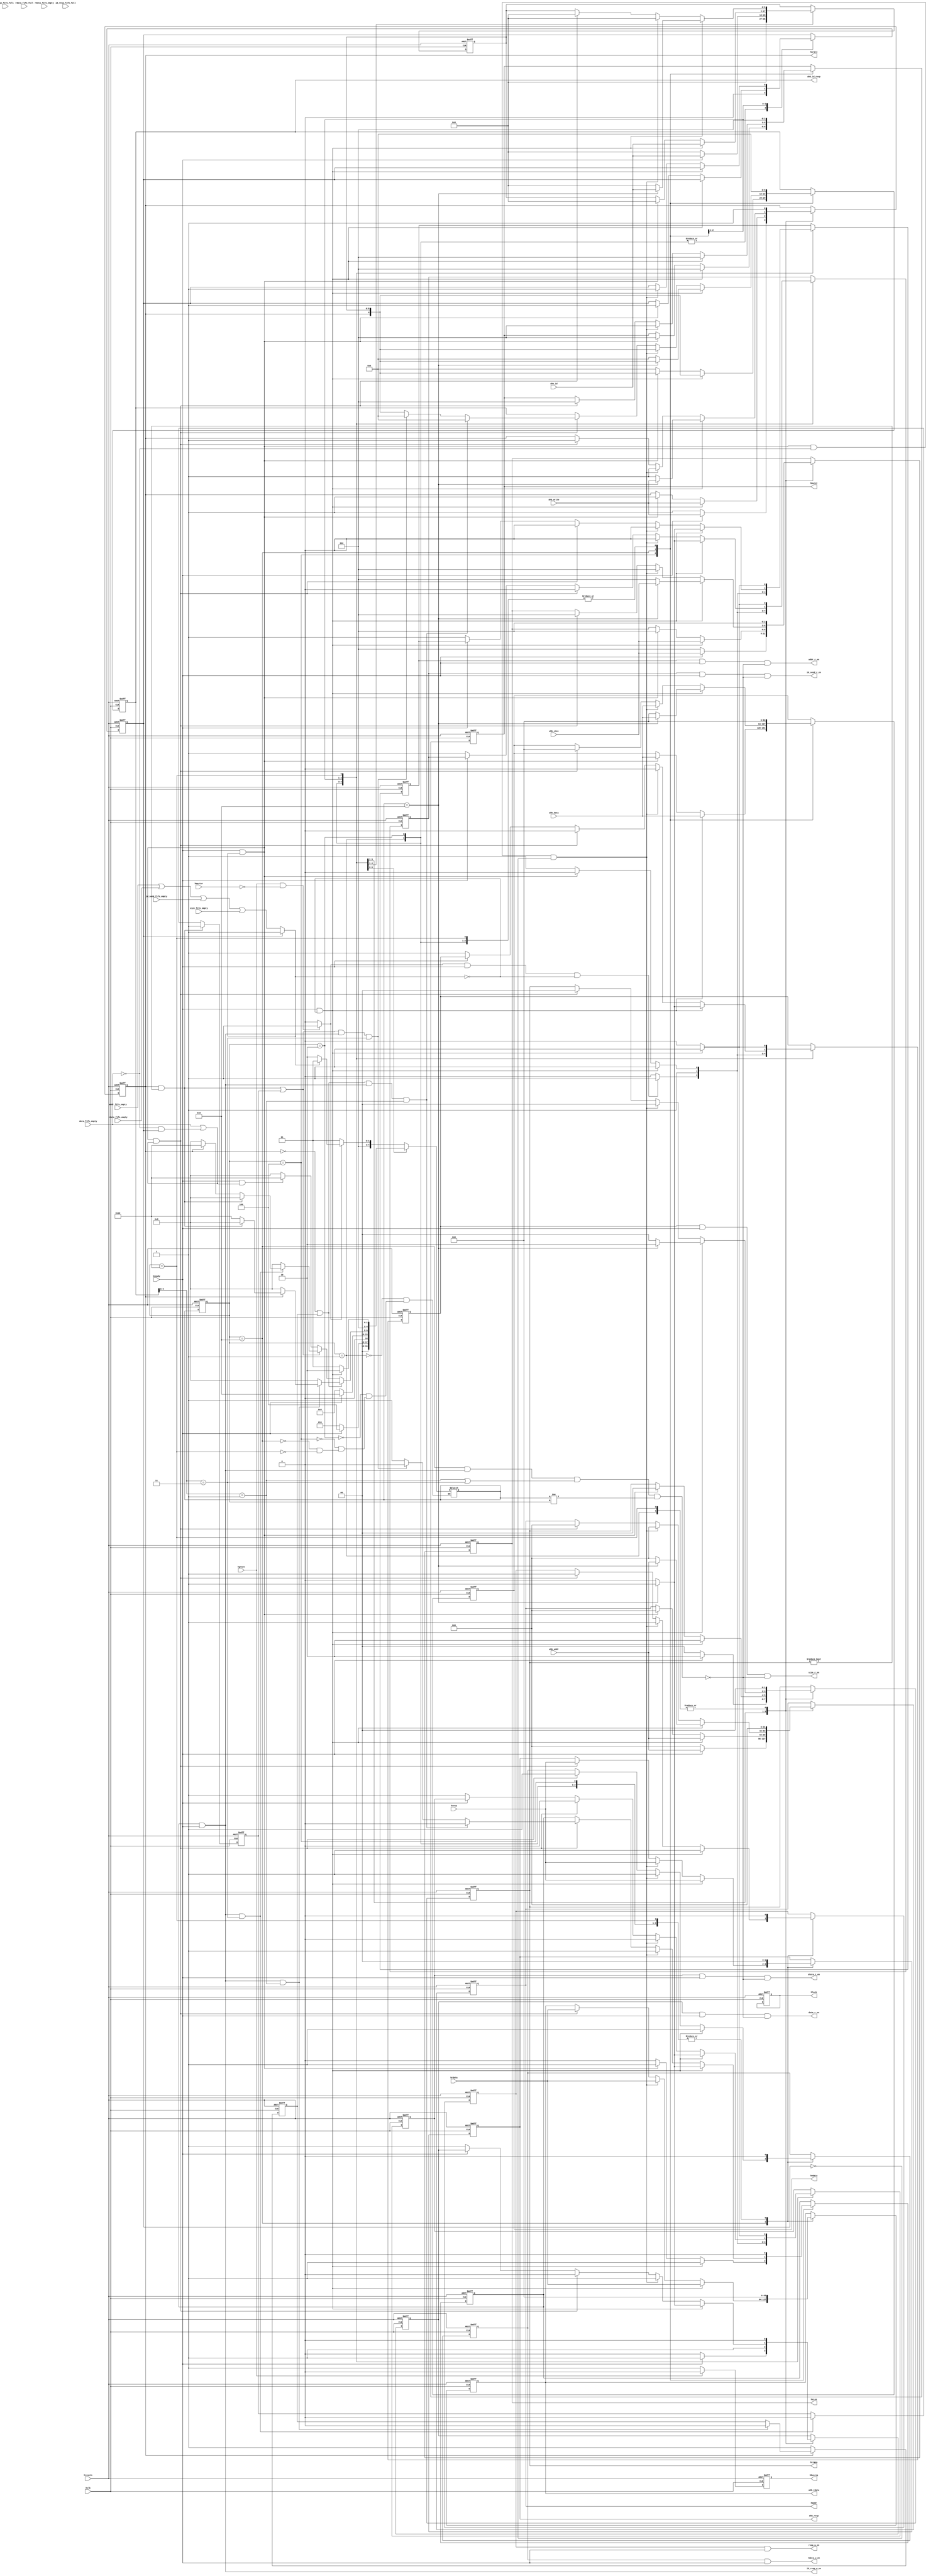
module ahb_controller #(
  parameter AXI_ID_WIDTH = 8   
)(
    input                                hclk,
    input                                hresetn,
    //ahb output
    output reg  [31:0]                   haddr,
    output reg  [1:0]                    htrans,
    output reg                           hwrite,
    output reg  [2:0]                    hsize,
    output reg  [2:0]                    hburst,
    output reg  [63:0]                   hwdata,
    output reg                           hbusreq,
    output reg                           hlock,
    //ahb input
    input       [63:0]                   hrdata,
    input                                hready,
    input       [1:0]                    hresp,
    input                                hgrant,
    input       [3:0]                    hmaster,
    //addr_fifo in
    output                               addr_r_en,
    input       [31:0]                   ahb_addr,
    input                                addr_fifo_empty,
    //data_fifo in
    output                               data_r_en,
    input       [63:0]                   ahb_data,
    input                                data_fifo_empty,
    // write or read state fifo (1 write   0 read) in
    output                               state_r_en,
    input                                ahb_write,
    input                                state_fifo_empty,
    //id_send_fifo in
    output                               id_send_r_en,
    input       [AXI_ID_WIDTH+1-1:0]     ahb_id,
    input                                id_send_fifo_empty,
    //size_fifo in
    output                               size_r_en,
    input       [2:0]                    ahb_size,
    input                                size_fifo_empty,
    //rdata_fifo out
    output                               rdata_w_en,
    output reg  [63:0]                   ahb_rdata,
    input                                rdata_fifo_full,
    input                                rdata_fifo_empty,
    //resp_fifo out
    output                               resp_w_en,
    output reg  [1:0]                    ahb_resp,
    input                                resp_fifo_full,
    //id_resp out
    output                               id_resp_w_en,
    output reg  [AXI_ID_WIDTH+2-1:0]     ahb_id_resp,
    input                                id_resp_fifo_full
);

    parameter  
                IDLE         = 5'b00001,
                START        = 5'b00010,
                ADDR_PHASE   = 5'b00100,    
                DATA_PHASE   = 5'b01000,    
                END_PHASE    = 5'b10000;

    reg                        read_lock;

    wire                       ahb_access;
    assign ahb_access = (hgrant == 1'b1 && hmaster == 4'b0)?1'b1:1'b0;

    wire                       fifo_r_control_access,fifo_r_data_access,fifo_w_access;
    assign fifo_r_control_access = (read_lock == 1'b1)?1'b1:(addr_fifo_empty|state_fifo_empty|id_send_fifo_empty|size_fifo_empty);
    assign fifo_r_data_access = data_fifo_empty;
    assign fifo_w_access = rdata_fifo_full|resp_fifo_full|id_resp_fifo_full;

    reg  [4:0]                 cstate,nstate;
    reg  [AXI_ID_WIDTH+1-1:0]  id_reg;

    wire ready_for_read;
	assign ready_for_read = ~((cstate == DATA_PHASE) & id_resp_w_en & ((ahb_id_resp[AXI_ID_WIDTH+1:AXI_ID_WIDTH]==2'b01) | (ahb_id_resp[AXI_ID_WIDTH+1:AXI_ID_WIDTH]==2'b11)) & (nstate!=cstate)); 

    //addr_fifo in
    reg                        addr_r_en_reg;
    assign addr_r_en = addr_r_en_reg&hready&ready_for_read/* & (~((nstate==END_PHASE)&(~addr_fifo_empty)))*/;
    //data_fifo in
    reg                        data_r_en_reg;
    assign data_r_en = data_r_en_reg&hready&ready_for_read/* & (~((nstate==END_PHASE)&(~data_fifo_empty)))*/;
    // write or read state fifo (1 write   0 read) in
    reg                        state_r_en_reg;
    assign state_r_en = state_r_en_reg&hready&ready_for_read/* & (~((nstate==END_PHASE)&(~state_fifo_empty)))*/;
    //id_send_fifo in
    reg                        id_send_r_en_reg;
    assign id_send_r_en = id_send_r_en_reg&hready&ready_for_read/* & (~((nstate==END_PHASE)&(~id_send_fifo_empty)))*/;
    //size_fifo in
    reg                        size_r_en_reg;
    assign size_r_en = size_r_en_reg&hready&ready_for_read/* & (~((nstate==END_PHASE)&(~size_fifo_empty)))*/;
    //rdata_fifo out
    reg                        rdata_w_en_reg;
    assign rdata_w_en = rdata_w_en_reg&hready;
    //resp_fifo out
    reg                        resp_w_en_reg;
    assign resp_w_en = resp_w_en_reg&hready;
    //id_resp out
    reg                        id_resp_w_en_reg;
    assign id_resp_w_en = id_resp_w_en_reg&hready;


    //added by yjl
    ///////////////////////////////////////////////////////////////////////////
    wire                    reading;
    wire                    writing;

    reg                     ahb_reading;
    reg                     read_done;
    reg                     ahb_writing;
    reg                     write_done;

    always@(posedge hclk or negedge hresetn) begin
        if(!hresetn)begin
            ahb_reading <= 1'b0;
        end
        else if(hwrite == 1'b0) begin
            ahb_reading <= 1'b1;
        end
        else if(id_resp_w_en & (ahb_id_resp[AXI_ID_WIDTH+1:AXI_ID_WIDTH]==2'b01)) begin
            ahb_reading <= 1'b0;
        end
    end
    assign reading = (hwrite==1'b0) | ahb_reading;

    always@(posedge hclk or negedge hresetn) begin
        if(!hresetn)begin
            read_done <= 1'b0;
        end
        else begin 
            read_done <= id_resp_w_en & (ahb_id_resp[AXI_ID_WIDTH+1:AXI_ID_WIDTH]==2'b01);
        end
    end


    always@(posedge hclk or negedge hresetn) begin
        if(!hresetn)begin
            ahb_writing <= 1'b0;
        end
        else if(hwrite == 1'b1 && htrans!=2'd0) begin
            ahb_writing <= 1'b1;
        end
        else if(id_resp_w_en & (ahb_id_resp[AXI_ID_WIDTH+1:AXI_ID_WIDTH]==2'b11)) begin
            ahb_writing <= 1'b0;
        end
    end
    assign writing = ((hwrite==1'b1) && (htrans!=2'd0)) | ahb_writing;

    always@(posedge hclk or negedge hresetn) begin
        if(!hresetn)begin
            write_done <= 1'b0;
        end
        else begin 
            write_done <= id_resp_w_en & (ahb_id_resp[AXI_ID_WIDTH+1:AXI_ID_WIDTH]==2'b11);
        end
    end

    //wire read_done;
    //reg  rdata_fifo_empty_reg;
    //always@(posedge hclk or negedge hresetn) begin
    //    if(!hresetn)begin
    //        rdata_fifo_empty_reg <= 1'b0;
    //    end
    //    else begin 
    //        rdata_fifo_empty_reg <= rdata_fifo_empty;
    //    end
    //end
    //assign read_done = ~rdata_fifo_empty_reg & rdata_fifo_empty;
    ///////////////////////////////////////////////////////////////////////////


    always@(posedge hclk or negedge hresetn)
        if(!hresetn)begin
            hbusreq <= 1'b0;
            hlock <= 1'b0;
        end
        else if(hgrant == 1'b0)
            hbusreq <= 1'b1;
        else
            hbusreq <= 1'b0;

    always@(posedge hclk or negedge hresetn)
        if(!hresetn)
            cstate <= IDLE;
        else
            cstate <= nstate;

    always@(*)
        case(cstate)
            IDLE:begin
                if(ahb_access == 1'b0)
                    nstate = IDLE;
                else if(fifo_r_control_access == 1'b0)
                    nstate = START;
                else
                    nstate = IDLE;
            end
            START:begin
                if(hready == 1'b0)
                    nstate = START;
                else
                    nstate = ADDR_PHASE;
            end
            ADDR_PHASE:begin
                if(hready == 1'b1)
                    nstate = DATA_PHASE;
                else
                    nstate = ADDR_PHASE;
            end
            DATA_PHASE:begin
                if(reading) begin
                    if(id_resp_w_en & (ahb_id_resp[AXI_ID_WIDTH+1:AXI_ID_WIDTH]==2'b01)) begin
                        if(hwrite==1'b0) begin
                            nstate = DATA_PHASE;
                        end
                        else if(hwrite == 1'b1 && htrans!=2'd0) begin
                            nstate = DATA_PHASE;
                        end
						/////////////////////////////////////////////
						//else if(state_r_en & ~state_fifo_empty) begin
                        //    //nstate = DATA_PHASE;
                        //    nstate = START;
						//end
						/////////////////////////////////////////////
                        else begin
                            nstate = END_PHASE;
                        end
                    end
                    else begin
                        nstate = DATA_PHASE;
                    end
                end
                else if(writing) begin
                    if(id_resp_w_en & (ahb_id_resp[AXI_ID_WIDTH+1:AXI_ID_WIDTH]==2'b11)) begin
                        if(hwrite == 1'b1 && htrans!=2'd0) begin
                            nstate = DATA_PHASE;
                        end
                        else if(hwrite==1'b0) begin
                            nstate = DATA_PHASE;
                        end
						/////////////////////////////////////////////
						//else if(state_r_en & ~state_fifo_empty) begin
                        //    nstate = DATA_PHASE;
						//end
						///////////////////////////////////////////////
                        else begin
                            nstate = END_PHASE;
                        end
                    end
                    else begin
                        nstate = DATA_PHASE;
                    end
                end
                else if(hready == 1'b1 && (fifo_r_data_access == 1'b1 || (fifo_r_data_access == 1'b0 && read_lock == 1'b1)))
                    nstate = END_PHASE;
                else
                    nstate = DATA_PHASE;
            end
            END_PHASE:begin
                if(hready == 1'b1 && fifo_r_control_access == 1'b0)
                    nstate = START;
                else
                    nstate = IDLE;
            end
        endcase

    always@(posedge hclk or negedge hresetn)
        if(!hresetn)begin
            //ahb output
            haddr <= 32'b0;
            htrans <= 2'b0;
            hwrite <= 1'b1;
            hsize <= 3'b0;
            hburst <= 3'b0;
            hwdata <= 64'b0;
            id_reg <= 'b0;
            //addr_fifo in
            addr_r_en_reg <= 1'b0;
            //data_fifo in
            data_r_en_reg <= 1'b0;
            // write or read state fifo (1 write   0 read) in
            state_r_en_reg <= 1'b0;
            //id_send_fifo in
            id_send_r_en_reg <= 1'b0;
            //size_fifo in
            size_r_en_reg <= 1'b0;
            //rdata_fifo out
            rdata_w_en_reg <= 1'b0;
            ahb_rdata <= 64'b0;
            //resp_fifo out
            resp_w_en_reg <= 1'b0;
            ahb_resp <= 2'b0;
            //id_resp out
            id_resp_w_en_reg <= 1'b0;
            ahb_id_resp <= 'b0;
            read_lock <= 1'b0;
        end
        else
            case(cstate)
                IDLE:begin
                    if(ahb_access == 1'b1 && hready == 1'b1 && fifo_r_control_access == 1'b0)begin
                        haddr <= 32'b0;
                        htrans <= 2'b0;
                        hwrite <= 1'b1;
                        hsize <= 3'b0;
                        hburst <= 3'b0;
                        hwdata <= 64'b0;
                        id_reg <= 'b0;

                        addr_r_en_reg <= 1'b1;
                        data_r_en_reg <= 1'b0;
                        state_r_en_reg <= 1'b1;
                        id_send_r_en_reg <= 1'b1;
                        size_r_en_reg <= 1'b1;

                        rdata_w_en_reg <= 1'b0;
                        ahb_rdata <= 64'b0;
                        resp_w_en_reg <= 1'b0;
                        ahb_resp <= 2'b0;
                        id_resp_w_en_reg <= 1'b0;
                        ahb_id_resp <= 'b0;
                        read_lock <= 1'b0;
                    end
                    else begin
                        haddr <= 32'b0;
                        htrans <= 2'b0;
                        hwrite <= 1'b1;
                        hsize <= 3'b0;
                        hburst <= 3'b0;
                        hwdata <= 64'b0;
                        id_reg <= 'b0;

                        addr_r_en_reg <= 1'b0;
                        data_r_en_reg <= 1'b0;
                        state_r_en_reg <= 1'b0;
                        id_send_r_en_reg <= 1'b0;
                        size_r_en_reg <= 1'b0;

                        rdata_w_en_reg <= 1'b0;
                        ahb_rdata <= 64'b0;
                        resp_w_en_reg <= 1'b0;
                        ahb_resp <= 2'b0;
                        id_resp_w_en_reg <= 1'b0;
                        ahb_id_resp <= 'b0;
                        read_lock <= 1'b0;
                    end
                end
                START:begin
                    if(hready == 1'b1)begin
                        haddr <= ahb_addr;
                        htrans <= 2'd2;
                        hwrite <= ahb_write;
                        hsize <= ahb_size;
                        hburst <= 3'b0;
                        hwdata <= 64'b0;
                        id_reg <= ahb_id;

                        addr_r_en_reg <= 1'b1;
                        data_r_en_reg <= 1'b1;
                        state_r_en_reg <= 1'b1;
                        id_send_r_en_reg <= 1'b1;
                        size_r_en_reg <= 1'b1;

                        rdata_w_en_reg <= 1'b0;
                        ahb_rdata <= 64'b0;
                        resp_w_en_reg <= 1'b0;
                        ahb_resp <= 2'b0;
                        id_resp_w_en_reg <= 1'b0;
                        ahb_id_resp <= 'b0;
                        read_lock <= 1'b0;
                    end
                    else begin
                        haddr <= 32'b0;
                        htrans <= 2'b0;
                        hwrite <= 1'b1;
                        hsize <= 3'b0;
                        hburst <= 3'b0;
                        hwdata <= 64'b0;
                        id_reg <= 'b0;

                        addr_r_en_reg <= 1'b1;
                        data_r_en_reg <= 1'b0;
                        state_r_en_reg <= 1'b1;
                        id_send_r_en_reg <= 1'b1;
                        size_r_en_reg <= 1'b1;

                        rdata_w_en_reg <= 1'b0;
                        ahb_rdata <= 64'b0;
                        resp_w_en_reg <= 1'b0;
                        ahb_resp <= 2'b0;
                        id_resp_w_en_reg <= 1'b0;
                        ahb_id_resp <= 'b0;
                        read_lock <= 1'b0;
                    end
                end
                ADDR_PHASE:begin
                    if(hready == 1'b1 && fifo_r_control_access == 1'b0)begin
                        haddr <= ahb_addr;
                        htrans <= 2'd2;
                        hwrite <= ahb_write;
                        hsize <= ahb_size;
                        hburst <= 3'b0;
                        hwdata <= ahb_data;
                        id_reg <= ahb_id;

                        addr_r_en_reg <= 1'b1;
                        data_r_en_reg <= 1'b1;
                        state_r_en_reg <= 1'b1;
                        id_send_r_en_reg <= 1'b1;
                        size_r_en_reg <= 1'b1;

                        rdata_w_en_reg <= 1'b0;
                        ahb_rdata <= 64'b0;
                        resp_w_en_reg <= 1'b0;
                        ahb_resp <= 2'b0;
                        id_resp_w_en_reg <= 1'b1;
                        ahb_id_resp <= {hwrite,id_reg};
                    end
                    else if(hready == 1'b1 && fifo_r_control_access == 1'b1)begin
                        haddr <= 32'b0;
                        htrans <= 2'b0;
                        hwrite <= 1'b1;
                        hsize <= 3'b0;
                        hburst <= 3'b0;
                        hwdata <= ahb_data;
                        id_reg <= 'b0;

                        addr_r_en_reg <= 1'b0;
                        data_r_en_reg <= 1'b1;
                        state_r_en_reg <= 1'b0;
                        id_send_r_en_reg <= 1'b0;
                        size_r_en_reg <= 1'b0;

                        rdata_w_en_reg <= 1'b0;
                        ahb_rdata <= 64'b0;
                        resp_w_en_reg <= 1'b0;
                        ahb_resp <= 2'b0;
                        id_resp_w_en_reg <= 1'b1;
                        ahb_id_resp <= {hwrite,id_reg};
                        read_lock <= 1'b1;
                    end
                    else begin
                        haddr <= haddr;
                        htrans <= htrans;
                        hwrite <= hwrite;
                        hsize <= hsize;
                        hburst <= hburst;
                        hwdata <= hwdata;
                        id_reg <= id_reg;

                        addr_r_en_reg <= 1'b1;
                        data_r_en_reg <= 1'b1;
                        state_r_en_reg <= 1'b1;
                        id_send_r_en_reg <= 1'b1;
                        size_r_en_reg <= 1'b1;

                        rdata_w_en_reg <= 1'b0;
                        ahb_rdata <= 64'b0;
                        resp_w_en_reg <= 1'b0;
                        ahb_resp <= 2'b0;
                        id_resp_w_en_reg <= 1'b0;
                        ahb_id_resp <= 'b0;
                    end
                end    
                DATA_PHASE:begin
                    if(hready == 1'b1 && fifo_r_control_access == 1'b0)begin
                        //haddr <= ahb_addr;
                        //htrans <= 2'd2;
                        //hwrite <= ahb_write;
                        //hsize <= ahb_size;
                        //hburst <= 3'b0;
                        //hwdata <= ahb_data;
                        //id_reg <= ahb_id;

                        if(nstate==DATA_PHASE) begin
                            haddr <= ahb_addr;
                            htrans <= 2'd2;
                            hwrite <= ahb_write;
                            hsize <= ahb_size;
                            hburst <= 3'b0;
                            hwdata <= ahb_data;
                            id_reg <= ahb_id;
                        end
                        else begin
                            haddr <= 32'b0;
                            htrans <= 2'b0;
                            hwrite <= 1'b1;
                            hsize <= 3'b0;
                            hburst <= 3'b0;
                            hwdata <= 64'b0;
                            id_reg <= 'b0;
                        end

                        //addr_r_en_reg <= 1'b1;
                        //data_r_en_reg <= 1'b1;
                        //state_r_en_reg <= 1'b1;
                        //id_send_r_en_reg <= 1'b1;
                        //size_r_en_reg <= 1'b1;

                        if(nstate==DATA_PHASE) begin
                            addr_r_en_reg <= 1'b1;
                            data_r_en_reg <= 1'b1;
                            state_r_en_reg <= 1'b1;
                            id_send_r_en_reg <= 1'b1;
                            size_r_en_reg <= 1'b1;
                        end
                        else begin
                            addr_r_en_reg <= 1'b0;
                            data_r_en_reg <= 1'b0;
                            state_r_en_reg <= 1'b0;
                            id_send_r_en_reg <= 1'b0;
                            size_r_en_reg <= 1'b0;
                        end


                        rdata_w_en_reg <= 1'b1;
                        ahb_rdata <= hrdata;
                        resp_w_en_reg <= 1'b1;
                        ahb_resp <= hresp;
                        //id_resp_w_en_reg <= 1'b1;
                        //ahb_id_resp <= {hwrite,id_reg};
						//
                        //if((/*(reading==1'b0) |*/ ((reading==1'b1) & id_resp_w_en & (ahb_id_resp[AXI_ID_WIDTH+1:AXI_ID_WIDTH]==2'b01))) & hwrite) begin
                        //    id_resp_w_en_reg <= 1'b0;
                        //    ahb_id_resp <= 'b0;
                        //end
                        //else begin
                        //    id_resp_w_en_reg <= 1'b1;
                        //    ahb_id_resp <= {hwrite,id_reg};
                        //end
						//
                        if(nstate==DATA_PHASE) begin
                            id_resp_w_en_reg <= 1'b1;
                            ahb_id_resp <= {hwrite,id_reg};
                        end
                        else begin
                            id_resp_w_en_reg <= 1'b0;
                            ahb_id_resp <= 'b0;
                        end
                    end
                    else if(hready == 1'b1 && fifo_r_control_access == 1'b1 && fifo_r_data_access == 1'b0 && read_lock == 1'b0)begin
                        haddr <= 32'b0;
                        htrans <= 2'b0;
                        hwrite <= 1'b1;
                        hsize <= 3'b0;
                        hburst <= 3'b0;
                        hwdata <= ahb_data;
                        id_reg <= 'b0;
                        read_lock <= 1'b1;

                        addr_r_en_reg <= 1'b0;
                        data_r_en_reg <= 1'b1;
                        state_r_en_reg <= 1'b0;
                        id_send_r_en_reg <= 1'b0;
                        size_r_en_reg <= 1'b0;

                        rdata_w_en_reg <= 1'b1;
                        ahb_rdata <= hrdata;
                        resp_w_en_reg <= 1'b1;
                        ahb_resp <= hresp;
                        id_resp_w_en_reg <= 1'b1;
                        ahb_id_resp <= {hwrite,id_reg};
                    end
                    else if(hready == 1'b1 && fifo_r_control_access == 1'b1 && (fifo_r_data_access == 1'b1 || (fifo_r_data_access == 1'b0 && read_lock == 1'b1)))begin
                        haddr <= 32'b0;
                        htrans <= 2'b0;
                        hwrite <= 1'b1;
                        hsize <= 3'b0;
                        hburst <= 3'b0;
                        hwdata <= 64'b0;
                        id_reg <= 'b0;

						//if(state_r_en & ~state_fifo_empty) begin
                        //    haddr <= ahb_addr;
                        //    htrans <= 2'd2;
                        //    hwrite <= ahb_write;
                        //    hsize <= ahb_size;
                        //    hburst <= 3'b0;
                        //    hwdata <= ahb_data;
                        //    id_reg <= ahb_id;
                        //end
                        //else begin
                        //    haddr <= 32'b0;
                        //    htrans <= 2'b0;
                        //    hwrite <= 1'b1;
                        //    hsize <= 3'b0;
                        //    hburst <= 3'b0;
                        //    hwdata <= 64'b0;
                        //    id_reg <= 'b0;
                        //end

                        addr_r_en_reg <= 1'b0;
                        data_r_en_reg <= 1'b0;
                        state_r_en_reg <= 1'b0;
                        id_send_r_en_reg <= 1'b0;
                        size_r_en_reg <= 1'b0;

						//if(state_r_en & ~state_fifo_empty) begin
                        //    addr_r_en_reg <= 1'b1;
                        //    data_r_en_reg <= 1'b1;
                        //    state_r_en_reg <= 1'b1;
                        //    id_send_r_en_reg <= 1'b1;
                        //    size_r_en_reg <= 1'b1;
                        //end
                        //else begin
                        //    addr_r_en_reg <= 1'b0;
                        //    data_r_en_reg <= 1'b0;
                        //    state_r_en_reg <= 1'b0;
                        //    id_send_r_en_reg <= 1'b0;
                        //    size_r_en_reg <= 1'b0;
                        //end

                        rdata_w_en_reg <= 1'b1;
                        ahb_rdata <= hrdata;
                        resp_w_en_reg <= 1'b1;
                        ahb_resp <= hresp;

						//if(read_done & writing) begin
                        //    rdata_w_en_reg <= 1'b0;
                        //    ahb_rdata <= 64'd0;
                        //    resp_w_en_reg <= 1'b0;
                        //    ahb_resp <= 2'd0;
						//end
						//else if(write_done & reading) begin
                        //    rdata_w_en_reg <= 1'b0;
                        //    ahb_rdata <= 64'd0;
                        //    resp_w_en_reg <= 1'b0;
                        //    ahb_resp <= 2'd0;
						//end
						//else if(read_done & reading) begin
                        //    rdata_w_en_reg <= 1'b0;
                        //    ahb_rdata <= 64'd0;
                        //    resp_w_en_reg <= 1'b0;
                        //    ahb_resp <= 2'd0;
						//end
						//else if(write_done & writing) begin
                        //    rdata_w_en_reg <= 1'b0;
                        //    ahb_rdata <= 64'd0;
                        //    resp_w_en_reg <= 1'b0;
                        //    ahb_resp <= 2'd0;
						//end
					    //else begin
                        //    rdata_w_en_reg <= 1'b1;
                        //    ahb_rdata <= hrdata;
                        //    resp_w_en_reg <= 1'b1;
                        //    ahb_resp <= hresp;
						//end

                        if(/*(reading==1'b0) |*/ ((reading==1'b1) & id_resp_w_en & (ahb_id_resp[AXI_ID_WIDTH+1:AXI_ID_WIDTH]==2'b01))) begin
                            id_resp_w_en_reg <= 1'b0;
                            ahb_id_resp <= 'b0;
                        end
                        else if(((writing==1'b1) & id_resp_w_en & (ahb_id_resp[AXI_ID_WIDTH+1:AXI_ID_WIDTH]==2'b11))) begin
                            id_resp_w_en_reg <= 1'b0;
                            ahb_id_resp <= 'b0;
                        end
                        else begin
                            id_resp_w_en_reg <= 1'b1;
                            ahb_id_resp <= {hwrite,id_reg};
                        end
                    end
                    else if(hready == 1'b0)begin
                        haddr <= haddr;
                        htrans <= htrans;
                        hwrite <= hwrite;
                        hsize <= hsize;
                        hburst <= hburst;
                        hwdata <= hwdata;
                        id_reg <= id_reg;

                        addr_r_en_reg <= 1'b1;
                        data_r_en_reg <= 1'b1;
                        state_r_en_reg <= 1'b1;
                        id_send_r_en_reg <= 1'b1;
                        size_r_en_reg <= 1'b1;

                        //if(fifo_r_control_access == 1'b0)begin
                        //    addr_r_en_reg <= 1'b1;
                        //    state_r_en_reg <= 1'b1;
                        //    id_send_r_en_reg <= 1'b1;
                        //    size_r_en_reg <= 1'b1;
                        //end
                        //else begin
                        //    addr_r_en_reg <= 1'b0;
                        //    state_r_en_reg <= 1'b0;
                        //    id_send_r_en_reg <= 1'b0;
                        //    size_r_en_reg <= 1'b0;
                        //end

                        //if(fifo_r_data_access == 1'b0)begin
                        //    data_r_en_reg <= 1'b1;
                        //end
                        //else begin
                        //    data_r_en_reg <= 1'b0;
                        //end
                        
                        if(fifo_r_control_access == 1'b0)begin
                            rdata_w_en_reg <= rdata_w_en_reg;
                            ahb_rdata <= ahb_rdata;
                            resp_w_en_reg <= resp_w_en_reg;
                            ahb_resp <= ahb_resp;
                            id_resp_w_en_reg <= id_resp_w_en_reg;
                            ahb_id_resp <= ahb_id_resp;
                        end
                        else begin
                            rdata_w_en_reg <= rdata_w_en_reg;
                            ahb_rdata <= ahb_rdata;
                            resp_w_en_reg <= resp_w_en_reg;
                            ahb_resp <= ahb_resp;
                            id_resp_w_en_reg <= id_resp_w_en_reg;
                            ahb_id_resp <= ahb_id_resp;
                        end
                    end
                end
                END_PHASE:begin
                    if(hready == 1'b1 && fifo_r_control_access == 1'b0)begin
                        haddr <= 32'b0;
                        htrans <= 2'b0;
                        hwrite <= 1'b1;
                        hsize <= 3'b0;
                        hburst <= 3'b0;
                        hwdata <= 64'b0;

                        addr_r_en_reg <= 1'b1;
                        data_r_en_reg <= 1'b0;
                        state_r_en_reg <= 1'b1;
                        id_send_r_en_reg <= 1'b1;
                        size_r_en_reg <= 1'b1;

						//if(nstate == START) begin
                        //    rdata_w_en_reg <= 1'b1;
                        //    ahb_rdata <= hrdata;
                        //    resp_w_en_reg <= 1'b1;
                        //    ahb_resp <= hresp;
						//end
						//else begin
                        //    rdata_w_en_reg <= 1'b0;
                        //    ahb_rdata <= 64'b0;
                        //    resp_w_en_reg <= 1'b0;
                        //    ahb_resp <= 2'b0;
						//end
                        rdata_w_en_reg <= 1'b0;
                        ahb_rdata <= 64'b0;
                        resp_w_en_reg <= 1'b0;
                        ahb_resp <= 2'b0;
                        id_resp_w_en_reg <= 1'b0;
                        ahb_id_resp <= 'b0;
                    end    
                    else begin
                        haddr <= 32'b0;
                        htrans <= 2'b0;
                        hwrite <= 1'b1;
                        hsize <= 3'b0;
                        hburst <= 3'b0;
                        hwdata <= 64'b0;

                        addr_r_en_reg <= 1'b0;
                        data_r_en_reg <= 1'b0;
                        state_r_en_reg <= 1'b0;
                        id_send_r_en_reg <= 1'b0;
                        size_r_en_reg <= 1'b0;

                        rdata_w_en_reg <= 1'b0;
                        ahb_rdata <= 64'b0;
                        resp_w_en_reg <= 1'b0;
                        ahb_resp <= 2'b0;
                        id_resp_w_en_reg <= 1'b0;
                        ahb_id_resp <= 'b0;
                    end 
                end
            endcase
endmodule